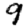
Digit: 9